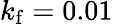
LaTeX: k_{\mathrm f}=0.01